system: You are a helpful assistant.
user:
Analyze the provided spectrum to determine if it is a **White Dwarf (WD)**.

A White Dwarf spectrum is defined by its **extreme purity** (due to gravitational settling) and/or **extreme pressure broadening** (due to high surface gravity). You must check for one of the following mutually exclusive signatures:

- **Key Visual Indicators (Check for ONE of these types):**

    - **1. DA-Type Signature (Most Common):**
        - **(Primary Feature):** Extreme pressure broadening (Stark broadening) of the **Hydrogen (H) Balmer lines**.
        - **(Key Lines):** $H\beta$ (approx. $4861$ Å) and $H\gamma$ (approx. $4340$ Å). $H\alpha$ (approx. $6563$ Å) will also be present if the wavelength range covers it.
        - **(Line Profile):** This is the **defining feature**. The lines are **NOT** sharp. They appear as massive, **extremely broad and deep "troughs" or "dips"** in the spectrum, often hundreds of Ångströms wide. The continuum will appear to "scoop" down at these wavelengths.
        - **(Distinction):** Normal A-type or B-type stars have *narrow* and *sharp* Hydrogen lines. A DA White Dwarf's lines are unmistakably "smeared" or "blurry" from pressure.

    - **2. DB-Type Signature:**
        - **(Primary Feature):** Broad absorption lines from **Neutral Helium (He I)**. The spectrum must lack any visible Hydrogen lines.
        - **(Key Lines):** Look for broad absorption near $4471$ Å, $4921$ Å, and $5876$ Å.
        - **(Line Profile):** These lines are also significantly pressure-broadened, appearing much wider than they would in a normal B-type main-sequence star.

    - **3. DC-Type Signature:**
        - **(Primary Feature):** A **featureless continuous spectrum**.
        - **(Line Profile):** The spectrum is a smooth curve with **no significant absorption or emission lines**.
        - **(Key Confirmation):** The continuum is almost always **blue or white**, indicating a hot object. This signature implies the atmosphere is so pure (or so cool) that no spectral lines are visible in the optical range. Its WD identity is confirmed by its extremely low intrinsic brightness (high absolute magnitude).

    - **4. DZ-Type Signature (Metal-Polluted):**
        - **(Primary Feature):** **Isolated, narrow metal absorption lines** on an otherwise featureless (DC-like) continuum.
        - **(Key Lines):** The **Calcium (Ca II) H & K doublet** (approx. **$3934$ Å** and **$3968$ Å**) is the most common and defining feature.
        - **(Line Profile):** These lines are "out of place." They are *not* part of a "forest" of thousands of lines. This signature is evidence of recent *accretion* (pollution) from rocky debris.
        - **(Distinction):** Normal G/K/M stars have a *dense forest* of thousands of metal lines. A DZ has a *clean* continuum with *only a few* strong metal lines.

    - **5. DQ-Type Signature (Carbon-Polluted):**
        - **(Primary Feature):** Absorption bands from **Carbon (C₂ "Swan Bands" or atomic C I)**.
        - **(Key Lines - C₂):** Look for bandheads with a "saw-tooth" shape near $5635$ Å, **$5165$ Å** (strongest), and $4737$ Å.
        - **(Key Confirmation):** The underlying **continuum must be blue or white** (hot).
        - **(Distinction):** This is the critical difference from a **Carbon Star**, which has the *exact same* C₂ bands but on an extremely **red, cool** continuum.

- **(Overall Spectrum):**
    - The continuum (overall shape) is typically **blue-sloping** (brighter in the blue than the red), as most white dwarfs are very hot.
    - The spectrum will look "pure" or "simple," dominated by only *one* of the five signatures listed above.

Think first, call **spectral_visualization_tool** if needed to examine features in detail, then provide your final answer. Your response must adhere to the following strict rules:
1.  **Overall Structure:** Your response must follow the format `<think>...</think> <tool_call>...</tool_call> (if a tool is used) <answer>...</answer>`.
2.  **Tool Usage Constraint:** You may only make **one** tool call per turn.
3.  **Final Answer Format:** In the `<answer>` tag, your conclusion must be inside a `\boxed{}` command (e.g., `\boxed{YES}` or `\boxed{NO}`), followed by your justification.

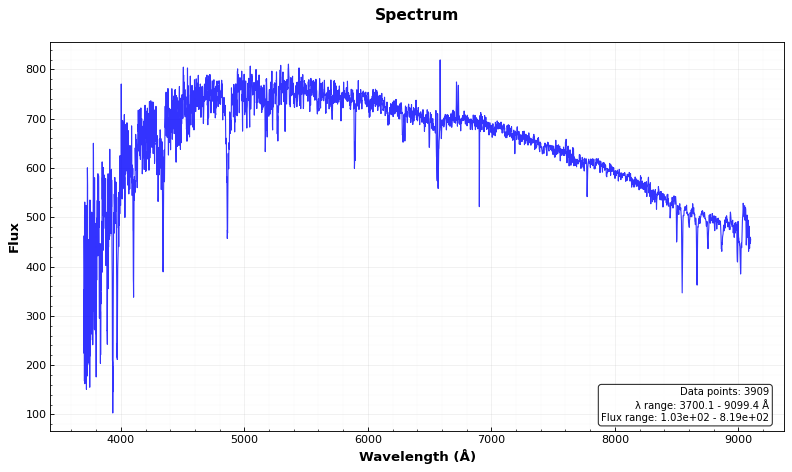
Answer: NO